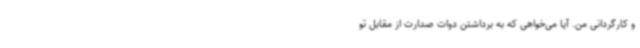
و کارگردانی من. آیا می‌خواهی که به برداشتن دوات صدارت از مقابل تو